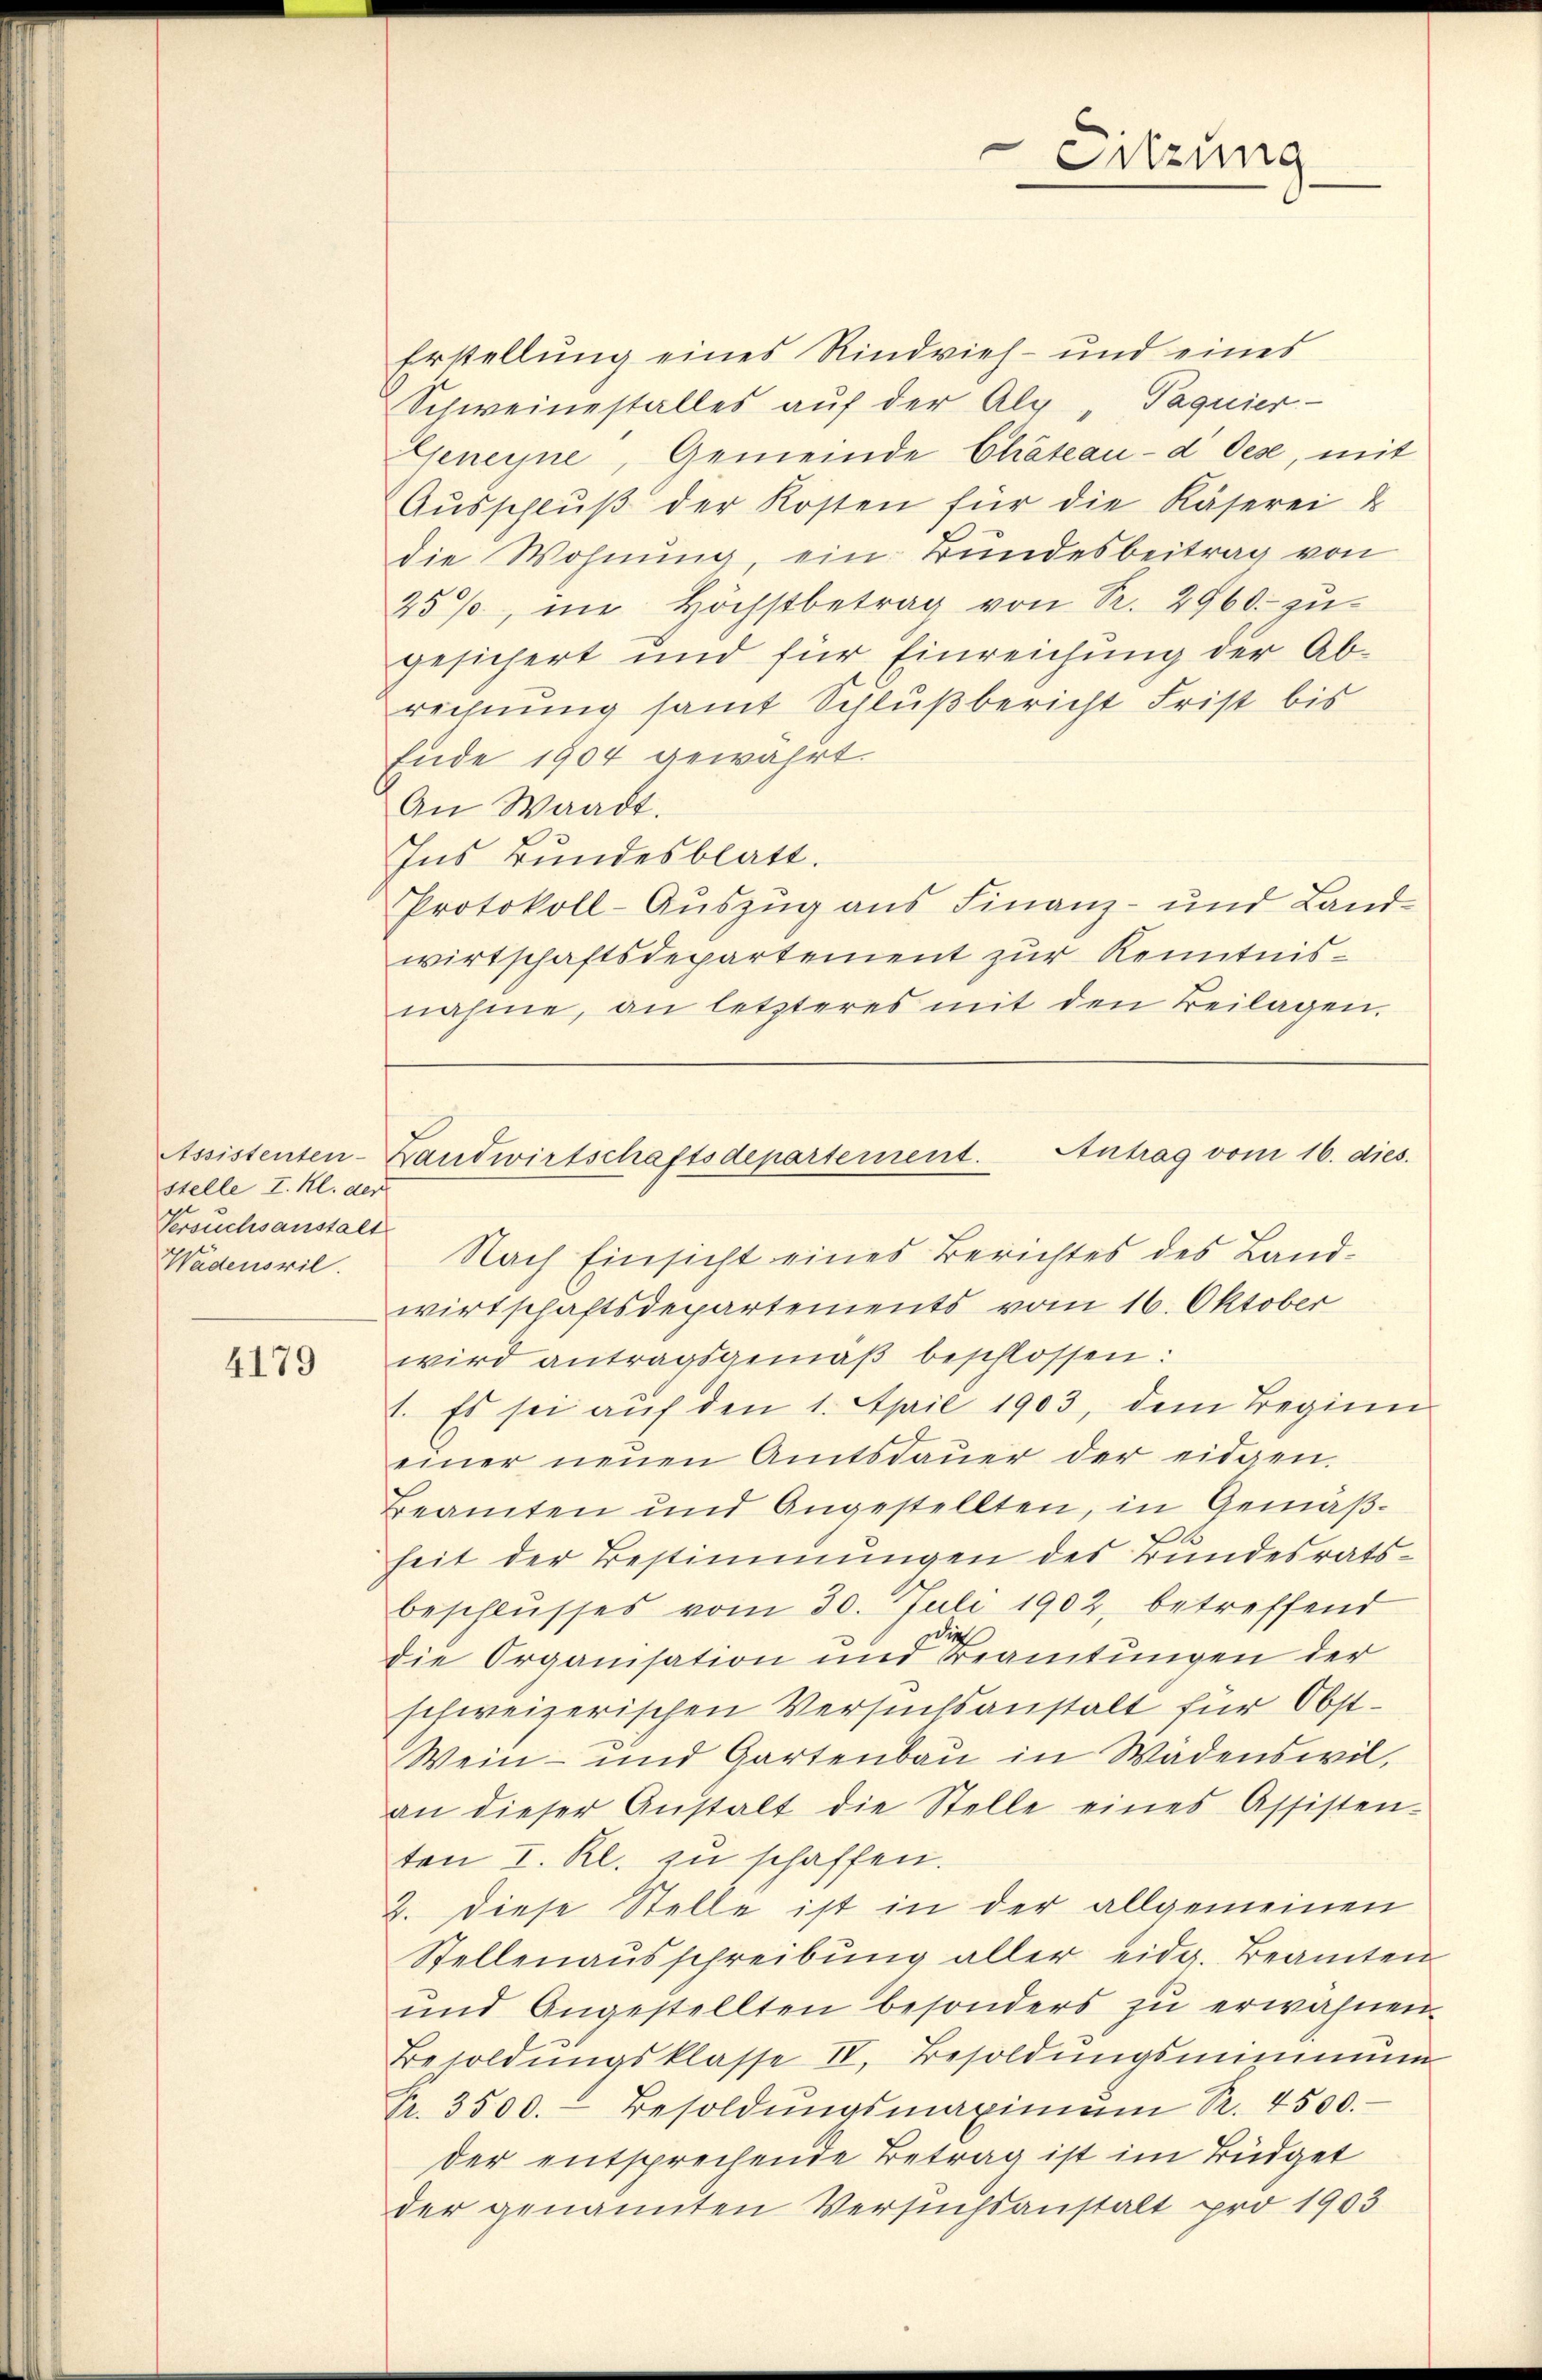
stelle I. Kl. der
Versuchsanstalt
Wadensvil.

4179

Erstellung eines Rindvieh- und eines
Schweinestalles aŭf der Alp, Paquier
Geneyne, Gemeinde Chateau- d Oese, mit
Aŭsschlŭβ der Kosten für die Käserei u
die Wohnung, ein Bundesbeitrag von
25%, im Höchstbetrag von R. 2960. zugesichert und für Einreichung der Ab-
rechnung samt Schlußbericht Frist bis
Ende 1904 gewahrt.
An Waadt.
Ins Bundesblatt.
Protokoll-Auszug aus Finanz- und Landwirtschaftsdepartement zur Kenntnisnahme, an letzteres mit den Beilagen.

Antrag vom 16. dies.
Nach Einsicht eines Berichtes des Landwirtschaftsdepartements vom 16. Oktober
wird antragsgemäß beschlossen:
1. Es sei auf den 1. April 1903, dem Beginn
einer neŭen Amtsdaŭer der eidgen.
Beamten und Angestellten, in Gemäßheit der Bestimmungen des Bundesratsbeschlusses vom 30. Juli 1902, betreffend
dies
die Organisation und Beamtungen der
schweizerischen Versuchsanstalt für Obst¬
Wein- und Gartenbau in Wädenswil,
an dieser Anstalt die Stelle eines Assisten-
ten I. Kl. zu schaffen.
2. diese Stelle ist in der allgemeinen
Stellenausschreibung aller eidg. Beamten
und Angestellten besonders zŭ erwähnen.
Besoldŭngsklasse IV. Besoldŭngsmimmung
Fr. 3500. Besoldŭngsmaximum R. 4500.
der entsprechende Betrag ist im Büdget
der genannten Versuchsanstalt pro 1903

Assistenten-Landwirtschaftsdepartement.

Sitzung